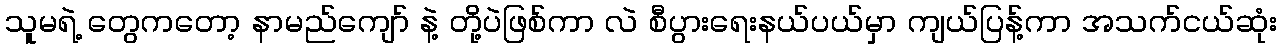
သူမရဲ့ တွေကတော့ နာမည်ကျော် နဲ့ တို့ပဲဖြစ်ကာ လဲ စီပွားရေးနယ်ပယ်မှာ ကျယ်ပြန့်ကာ အသက်ငယ်ဆုံး